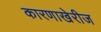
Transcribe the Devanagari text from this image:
कारणाखेरीज